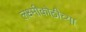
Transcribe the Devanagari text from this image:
लक्ष्मीकोठीच्या